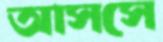
আসসে